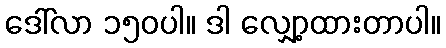
ဒေါ်လာ ၁၅၀ပါ။ ဒါ လျှော့ထားတာပါ။